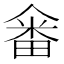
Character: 𤲞